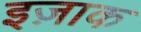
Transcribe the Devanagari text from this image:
इज़ाक